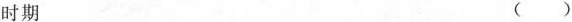
时期 ()